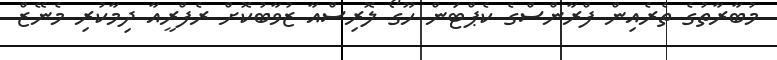
މުބާރާތުގެ ތެރެއިން ފްރާންސްގެ ކެޕްޓަން ހޫގޯ ލޮރިސްއާ ޒުވާބުކޮށް ރެފްރީއާ ދިމާކުރި މެނޭޒް